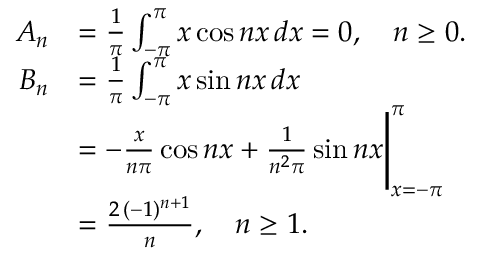
{ \begin{array} { r l } { A _ { n } } & { = { \frac { 1 } { \pi } } \int _ { - \pi } ^ { \pi } x \cos { n x } \, d x = 0 , \quad n \geq 0 . } \\ { B _ { n } } & { = { \frac { 1 } { \pi } } \int _ { - \pi } ^ { \pi } x \sin { n x } \, d x } \\ & { = - { \frac { x } { n \pi } } \cos { n x } + { \frac { 1 } { n ^ { 2 } \pi } } \sin { n x } { \Bigg \vert } _ { x = - \pi } ^ { \pi } } \\ & { = { \frac { 2 \, ( - 1 ) ^ { n + 1 } } { n } } , \quad n \geq 1 . } \end{array} }